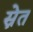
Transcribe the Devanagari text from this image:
स्नेत